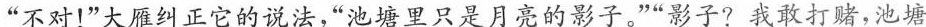
“不对！”大雁纠正它的说法，“池塘里只是月亮的影子。””影子?我敢打赌，池塘